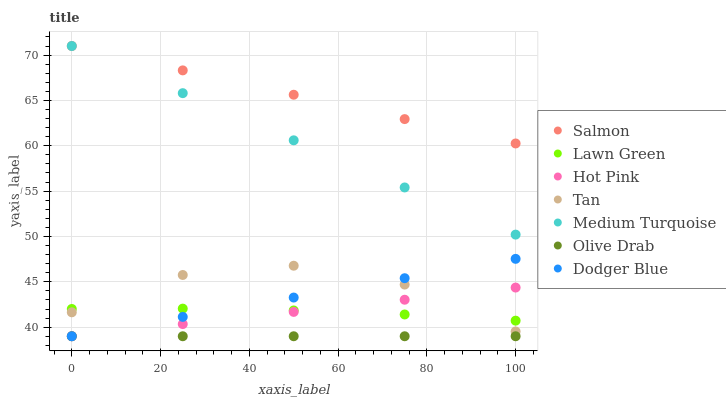
| xaxis_label | Salmon | Lawn Green | Hot Pink | Tan | Medium Turquoise | Olive Drab | Dodger Blue |
 | --- | --- | --- | --- | --- | --- | --- | --- |
 | 0 | 71 | 42 | 39 | 41.6 | 71 | 39 | 39 |
 | 25 | 68.3 | 42 | 40.3 | 45.8 | 65.8 | 39 | 41.1 |
 | 50 | 65.6 | 41.8 | 41.7 | 46.8 | 60.6 | 39 | 43.3 |
 | 75 | 62.9 | 41.4 | 43 | 44.7 | 55.4 | 39 | 45.4 |
 | 100 | 60.3 | 40.7 | 44.4 | 39.5 | 50.2 | 39 | 47.5 |